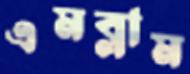
এমব্লাম